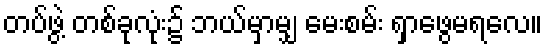
တပ်ဖွဲ့ တစ်ခုလုံး၌ ဘယ်မှာမျှ မေးစမ်း ရှာဖွေမရလေ။